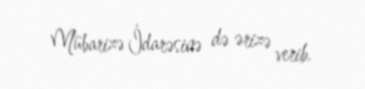
Mübarizə İdarəsinə də ərizə verib.